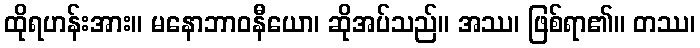
ထိုရဟန်းအား။ မနောဘာဝနီယော၊ ဆိုအပ်သည်။ အဿ၊ ဖြစ်ရာ၏။ တဿ၊